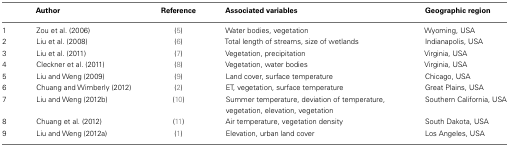
<table><thead><tr><td></td><td><b>Author</b></td><td><b>Reference</b></td><td><b>Associated variables</b></td><td><b>Geographic region</b></td></tr></thead><tbody><tr><td>1</td><td>Zou et al. (2006)</td><td>(5)</td><td>Water bodies, vegetation</td><td>Wyoming, USA</td></tr><tr><td>2</td><td>Liu et al. (2008)</td><td>(6)</td><td>Total length of streams, size of wetlands</td><td>Indianapolis, USA</td></tr><tr><td>3</td><td>Liu et al. (2011)</td><td>(7)</td><td>Vegetation, precipitation</td><td>Virginia, USA</td></tr><tr><td>4</td><td>Cleckner et al. (2011)</td><td>(8)</td><td>Vegetation, water bodies</td><td>Virginia, USA</td></tr><tr><td>5</td><td>Liu and Weng (2009)</td><td>(9)</td><td>Land cover, surface temperature</td><td>Chicago, USA</td></tr><tr><td>6</td><td>Chuang and Wimberly (2012)</td><td>(2)</td><td>ET, vegetation, surface temperature</td><td>Great Plains, USA</td></tr><tr><td>7</td><td>Liu and Weng (2012b)</td><td>(10)</td><td>Summer temperature, deviation of temperature, vegetation, elevation, vegetation</td><td>Southern California, USA</td></tr><tr><td>8</td><td>Chuang et al. (2012)</td><td>(11)</td><td>Air temperature, vegetation density</td><td>South Dakota, USA</td></tr><tr><td>9</td><td>Liu and Weng (2012a)</td><td>(1)</td><td>Elevation, urban land cover</td><td>Los Angeles, USA</td></tr></tbody></table>